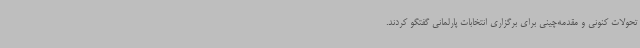
تحولات کنونی و مقدمه‌چینی برای برگزاری انتخابات پارلمانی گفتگو کردند.